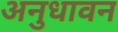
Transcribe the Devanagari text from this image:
अनुधावन